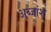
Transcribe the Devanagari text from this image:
अब्जांश